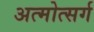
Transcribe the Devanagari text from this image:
अत्मोत्सर्ग